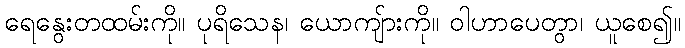
ရေနွေးတထမ်းကို။ ပုရိသေန၊ ယောကျ်ားကို။ ဝါဟာပေတွာ၊ ယူစေ၍။